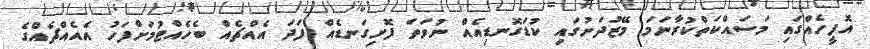
އޮފީހެއްގައި މަސައްކަތްކުރާނަމަ މޭޒުދަށުގައި ކުޑަގޮނޑިއެއް ނުވަތަ ފޮށިގަނޑެއް ފަދަ އެއްޗެއް ބެހެއްޓުމަށްފަހު އެއެއްޗެއްގެ